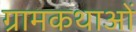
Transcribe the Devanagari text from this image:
ग्रामकथाओं